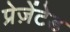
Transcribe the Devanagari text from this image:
प्रेज़ेंटेड